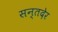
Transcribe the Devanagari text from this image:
सन्तदेर